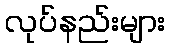
လုပ်နည်းများ